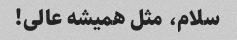
سلام، مثل همیشه عالی!